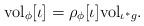
LaTeX: \begin{align*}{\rm vol}_{\phi} [\iota] = \rho_{\phi} [\iota] {\rm vol}_{\iota^{*} g}.\end{align*}